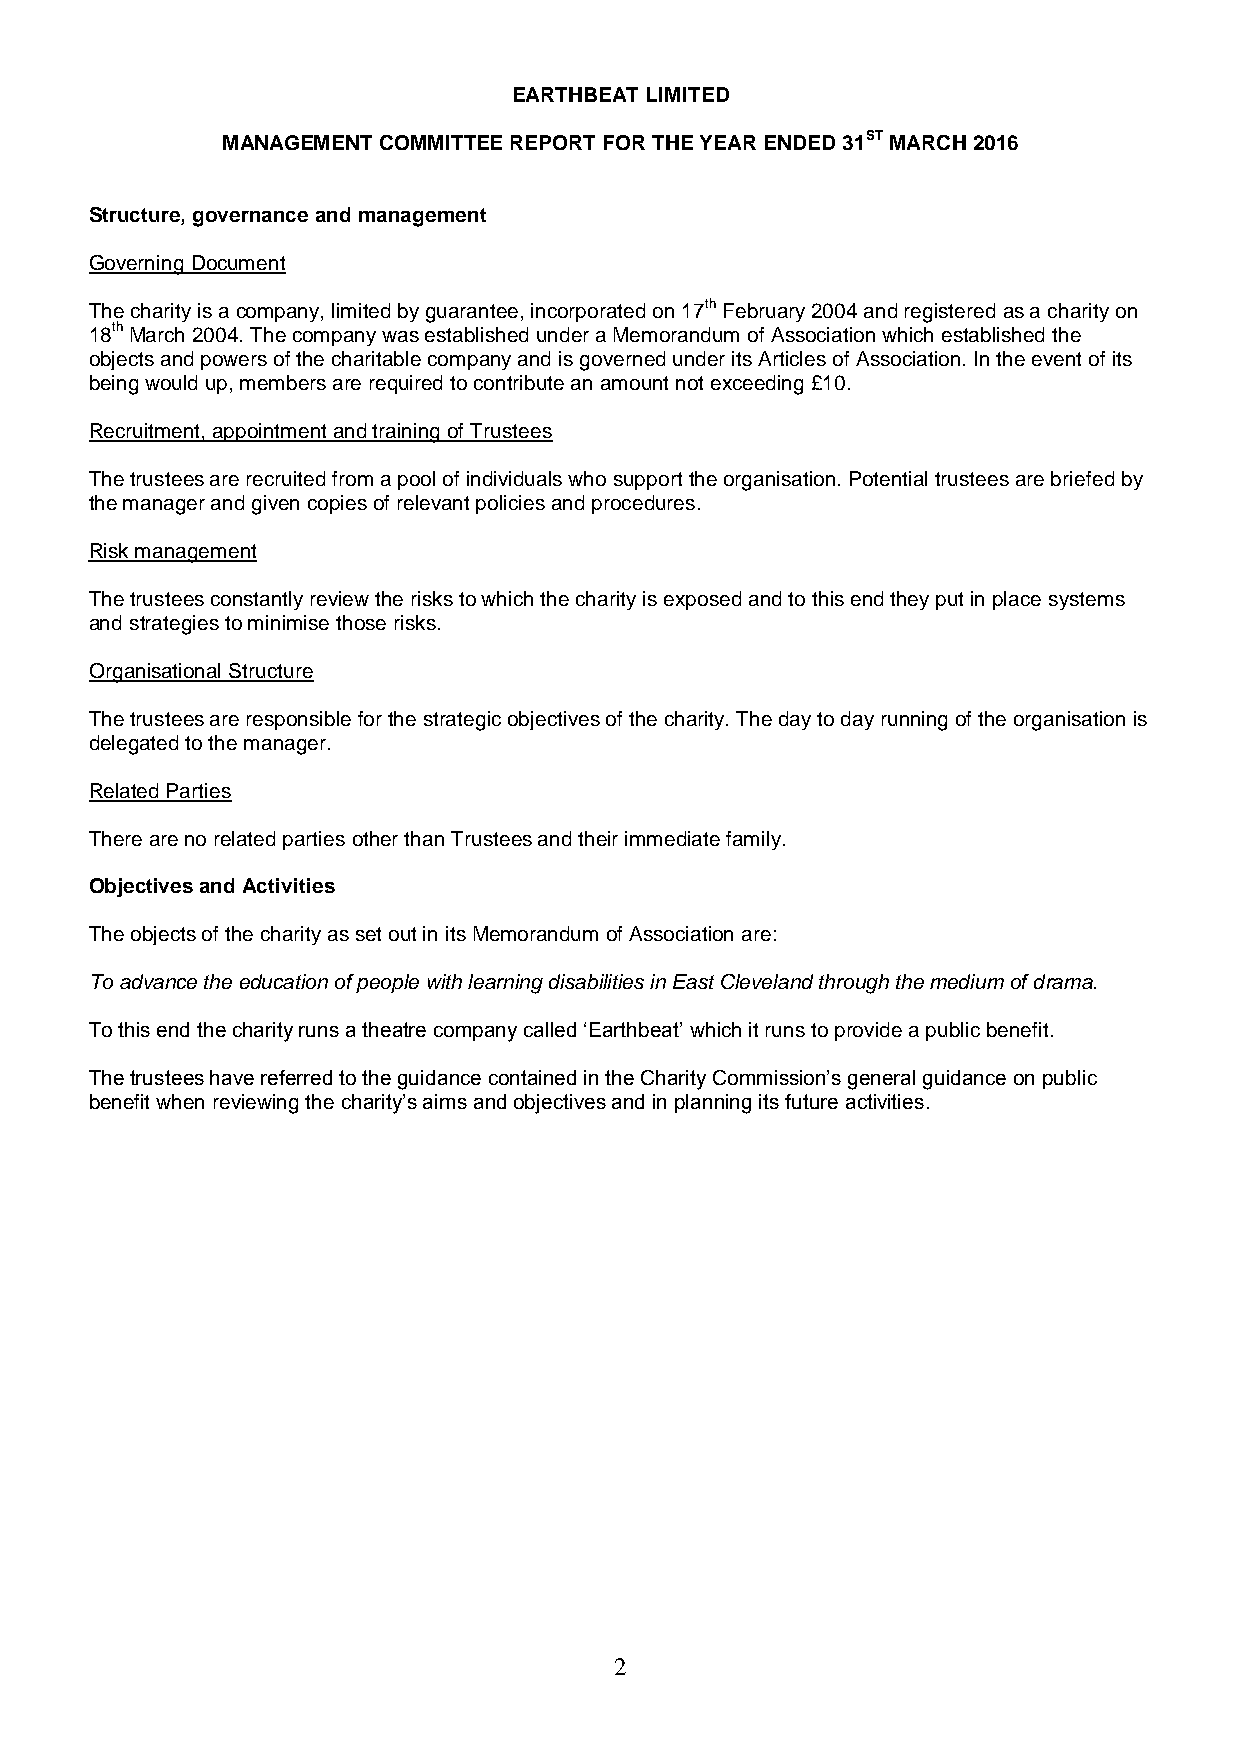
EARTHBEAT LIMITED
 MANAGEMENT COMMITTEE REPORT FOR THE YEAR ENDED 31ST MARCH 2016
 Structure, governance and management
 Governing Document
 The charity is a company, limited by guarantee, incorporated on 17th February 2004 and registered as a charity on
 18th March 2004. The company was established under a Memorandum of Association which established the
 objects and powers of the charitable company and is governed under its Articles of Association. In the event of its
 being would up, members are required to contribute an amount not exceeding £10.
 Recruitment, appointment and training of Trustees
 The trustees are recruited from a pool of individuals who support the organisation. Potential trustees are briefed by
 the manager and given copies of relevant policies and procedures.
 Risk management
 The trustees constantly review the risks to which the charity is exposed and to this end they put in place systems
 and strategies to minimise those risks.
 Organisational Structure
 The trustees are responsible for the strategic objectives of the charity. The day to day running of the organisation is
 delegated to the manager.
 Related Parties
 There are no related parties other than Trustees and their immediate family.
 Objectives and Activities
 The objects of the charity as set out in its Memorandum of Association are:
 To advance the education of people with learning disabilities in East Cleveland through the medium of drama.
 To this end the charity runs a theatre company called ‘Earthbeat’ which it runs to provide a public benefit.
 The trustees have referred to the guidance contained in the Charity Commission’s general guidance on public
 benefit when reviewing the charity’s aims and objectives and in planning its future activities.
 2